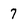
Character: 7